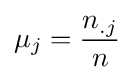
\mu _{j}={\frac {n_{.j}}{n}}